Vital statistics of India. Vol. IV, Annual returns from 1871 to 1876. British Army of India, Native Army and jails of Bengal
Year: 1871
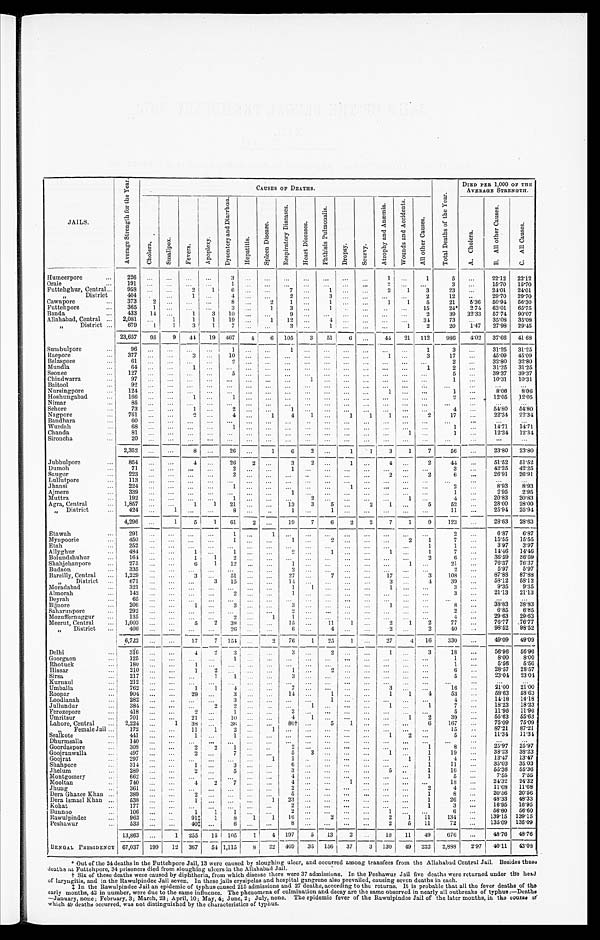
JAILS.
A v e r a g e S t r e n g t h
CAUSES OF DEATHS.
T o t a l D e a t h s o f t h e Y e a r .
DIED PER 1,000 OF THE
AVERAGE STRENGTH.
C h o l e r a .
S m a l l p o x .
F e v e r s .
A p o p l e x y .
D y s e n t e r y a n d D i a r r h œ a .
H e p a t i t i s .
S p l e e n D i s e a s e .
R e s p i r a t o r y D i s e a s e s .
H e a r t D i s e a s e s .
P h t h i s i s P u l m o n a l i s .
D r o p s y .
S c u r v y .
A t r o p h y a n d A n æ m i a .
W o u n d s a n d A c c i d e n t s .
A l l o t h e r C a u s e s .
A . C h o l e r a .
B . A l l o t h e r C a u s e s .
C . A l l C a u s e s .
Humeerpore . . .
226
. . .
. . .
. . .
. . .
3
. . .
. . . . . .
. . .
. . .
. . .
. . .1
. . .
1
5
. . .
22.12
22.12
Oraie . . .
191
. . .. . .
. . .
. . .
1
. . .
. . .
. . .
. . .
. . .
. . .
. . . 2
. . .
. . .
3
. . .
15.70
15.70
Futtehghur, Central . . .
958
. . .
. . .
2
1
6
. . .
. . .
7
. . .
1
. . .
. . .
2
1
3
23
. . .
24.01
24.01
" District
404
. . .
. . .
1
. . . 4
. . .
. . .2
. . . 3
. . .
. . . . . .
. . .
2
12
. . .
29.70
29.70
Cawnpore . . .
373
2
. . .
. . .
. . .
8
. . .
2
1
. . .
1
. . .
. . .
1
1
5
21
5.36
50.94
56.30
Futtehpore . . .
365
1 . . .
. . .
. . .
3
. . .
1 3
. . . 1
. . .
. . .
. . .
. . .
15
24*
2.74
63.01
65.75
Banda . . .
433
14
. . .
1
3
10
. . .
. . . 9
. . . . . .
. . .
. . . . . .
. . .
2
39
32.33
57.74
90.07
Allahabad, Central . . .
2,081
. . .
1
1
1
19
. . .
1
12
. . . 4
. . .
. . . . . .
. . .
34
73
. . .
35.08
35.08
" District . . .
679
1
1
3
1
7
. . .
. . .
3
. . . 1
. . .
. . . . . .
1
2
20
1.47
27.98
29.45
23,657
95
9
4 4
19
467
4
6
105
3 51
6
. . .
44
21
112 986
4.02
37.66
41.68
Sumbulpore . . .
9 6
. . .. . .
. . .
. . .
1
. . .
. . . 1 . . .
. . .
. . .
. . . . . .
. . .
1
3
31.25
31.25
Raepore . . .
3 7 7
. . .. . .
3
. . .
1 0
. . .
. . . . . . . . .
. . .
. . .
. . . . . .
. . .
3
17
. . .
45.09
45.09
Belaspore . . .
6 1
. . .. . .
. . .
. . .
2
. . .
. . .
. . .
. . .
. . .
. . .
. . .
. . .
. . .
. . .
2
. . .
32.80
32.80
Mundla . . .
6 4
. . .. . .
1
. . .
. . .
. . .
. . .
. . .
. . .
. . .
. . .
. . . . . .
. . .
1
2
. . .
31.25
31.25
Sconee . . .
1 2 7
. . .. . .
. . .
. . .
5
. . .
. . . . . .
. . .
. . .
. . .
. . . . . .
. . .
. . .
5
. . .
39.37
39.37
Chindwarra . . .
9 7
. . .. . .
. . .
. . .
. . .
. . .
. . . . . .
1
. . .
. . .
. . . . . .
. . .
. . .
1
. . .
10.31
10.31
Baitool . . .
92
. . .. . .
. . .
. . .
. . .
. . .
. . .
. . .
. . .
. . .
. . .
. . .
. . .
. . .
. . .
. . .
. . .
. . .
. . .
Nursingpore . . .
1 2 4
. . .. . .
. . .
. . .
. . .
. . .
. . .
. . .
. . .
. . .
. . .
. . .
1
. . .
. . .
1
. . .
8.06
8.06
Hoshungabad . . .
166
. . .
. . .
1
. . .
1
. . .
. . . . . .
. . . . . .
. . .
. . . . . .
. . .
. . .
2
. . .
12.05
12.05
Nimar . . .
8 5
. . . . . .
. . .
. . .
. . .
. . .
. . . . . .
. . . . . .
. . .
. . .
. . .
. . .
. . .
. . .
. . .
. . .
. . .
Sehore . . .
73
. . . . . .
1
. . .
2
. . .
. . .
1
. . . . . .
. . .
. . .
. . .
. . .
. . .
4
. . .
54.80
54.80
Nagpore . . .
761
. . .
. . .
2
. . .
4
. . .
1
4
1 . . .
1
1
1
. . .
2
1 7
. . .
22.34
22.34
Bandhara . . .
60
. . .. . .
. . .
. . .
. . .
. . .
. . .. . .
. . .
. . .
. . .
. . .
. . .
. . .
. . .
. . .
. . .
. . .
. . .
Wurdah . . .
68
. . .. . .
. . .
. . .
1
. . .
. . .. . .
. . .
. . .
. . .
. . . . . .
. . .
. . .
1
. . .
14.71
14.71
Chanda . . .
81
. . .. . .
. . .
. . .
. . .
. . .
. . .. . .
. . .
. . .
. . .
. . . . . .
1
. . .
1
. . .
12.34
12.34
Sironcha . . .
20
. . .. . .
. . .
. . .
. . .
. . .
. . .
. . .
. . .
. . .
. . .
. . .
. . .
. . .
. . .
. . .
. . .
. . .
. . .
2,352
. . .
. . .
8
. . .
26
. . .
1
6
2
. . .
1
1
3
1
7
56
. . .
23.80
23.80
Jubbulpore . . .
8 5 4
. . . . . .
4
. . .
26
2
. . .
3
2
. . .
1
. . . 4
. . .
2
44
. . .
51.52
51.52
Dumoh . . .
7 1
. . . . . .
. . .
. . .
2
. . .
. . .
1
. . . . . .
. . .
. . . . . .
. . .
. . .
3
. . .
42.25
42.25
Saugor . . .
2 2 3
. . . . . .
. . .
. . .
2
. . .
. . .
. . .
. . .
. . .
. . .
. . .
2
. . .
2
6
. . .
26.91
26.91
Lullutpore . . .
1 1 3
. . . . . .
. . .
. . .
. . . . . .
. . .
. . .
. . .
. . .
. . .
. . .
. . .
. . .
. . .
. . .
. . .
. . .
. . .
Jhansi . . .
2 2 4
. . . . . .
. . .
. . .
1
. . .
. . .
. . .
. . . . . .
1
. . .
. . .
. . .
. . .
2
. . .
8.93
8.93
Ajmere . . .
3 3 9
. . . . . .
. . .
. . .
. . .
. . .
. . .
1
. . . . . .
. . .
. . . . . .
. . .
. . .
1
. . .
2.95
2.95
Muttra . . .
1 9 2
. . . . . .
. . .
. . .
1
. . .
. . .
. . .
2
. . .
. . .
. . .
. . .
1
. . .
4
. . .
20.83
20.83
Agra, Central . . .
1,857
. . .
. . .
1
1
21
. . .
. . .
13
3
5
. . .
2
1
. . .
5
52
. . .
28.00
28.00
" D i s t r i c t . . .
424
. . . 1
. . .
. . .
8
. . .
. . .
1
. . .
1
. . .
. . .
. . .
. . .
. . .
11
. . .
25.94
25.9 4
4,296
. . .
1
5
1
6 1
2
. . .
19
7
6
2
2
7
1
9
123
. . .
28.63
28.63
Etawah . . .
2 9 1
. . .
. . .
. . .
. . .
1
. . .
1
. . .
. . .
. . .
. . .
. . .
. . .
. . .
. . .
2
. . .
6 . 8 7
6.87
Mynpoorie . . .
4 5 0
. . .
. . .
. . .
. . .
1
. . .
. . .
1
. . .
2
. . .
. . .. . .
2
1
7
. . .
15.55
15.55
Etah . . .
2 5 2
. . .
. . .
. . .
. . .
. . .
. . .
. . .
. . .
. . . . . .
. . .
. . .. . .
. . .
1
1
. . .
3.97
3.97
Allyghur . . .
484
. . .
. . .
1
. . .
1
. . .
. . .
2
. . .
1
. . .
. . .
1
. . .
1
7
. . .
14.46
14.46
Bolundshuhur . . .
164
. . .
. . .
1
1
2
. . .
. . .
. . .
. . .. . .
. . .
. . .. . .
. . .
2
6
. . .
36.59
36.59
Shahjehanpore . . .
275
. . .
. . .
6
1
1 2
. . .
. . .
1
. . .
. . .
. . .
. . .. . .
1
. . .
21
. . .
76.37
76.37
Budaon . . .
3 3 5
. . . . . .
. . .
. . .
. . .
. . .
. . .
2
. . .
. . .
. . .
. . .
. . .
. . .
. . .
2
. . .
5.97
5.97
Bareilly, Central . . .
1,229
. . .
. . .
3
. . .
5 1
. . .
. . .
27
. . .
7
. . .
. . .
17
. . .
3
108
. . .
87.88
87.88
" District . . .
6 7 1
. . . . . .
. . .
3
15
. . .
. . .
1 4
. . . . . .
. . .
. . . 3
. . .
4
39
. . .
58.12
58.12
Moradabad . . .
3 2 1
. . . . . .
. . .
. . .
. . .
. . .
. . .
1
1 . . . . . .
. . .
. . .
1
. . .
. . .
3
. . .
9.35
9.35
Almorah . . .
1 4 2
. . . . . .
. . .
. . .
2
. . .
. . .
1
. . . . . .
. . .
. . . . . .
. . .
. . .
3
. . .
21.13
21.13
Deyrah . . .
6 5
. . . . . .
. . .
. . .
. . .
. . .
. . .
. . .
. . .
. . .
. . .
. . .
. . .
. . .
. . .
. . .
. . .
. . .
. . .
Bijuore . . .
206
. . .
. . .
1
. . .
3
. . .
. . .
3
. . . . . .
. . .
. . . 1
. . .
. . .
8
. . .
38.83
38.83
Saharunpore . . .
2 9 2
. . . . . .
. . .
. . .
. . .
. . .
. . .
2
. . .
. . .
. . .
. . .
. . .
. . .
. . .
2
. . .
6.85
6.85
Mozuffernuggur . . .
135
. . . . . .
. . .
. . .
2
. . .
1
1
. . .
. . .
. . .
. . .
. . .
. . .
. . .
4
. . .
29.63
29.63
Meerut, Central . . .
1,003
. . .
. . .
5
2
3 8
. . .
. . .
1 5
. . .
11
1
. . .
2
1
2
77
. . .
76.77
76.77
" District . . .
406
. . .
. . .
. . .
. . .
26
. . .
. . .
. . . 6
. . . 4
. . .
. . . 2
. . .
2
40
. . .
98.52
98.52
6,722
. . .
. . .
-17
7
154
. . .
-2
76
1
25
1
. . .
27
4
16 330
. . .
49.09
49.09
Delhi . . .
316
. . .
. . .
4
2
3
. . .
. . .
3
. . . 2
. . . . . .
1
. . .
3
18
. . .
56.96
56.96
Goorgaon . . .
1 2 5
. . . . . .
. . .
. . .
1
. . .
. . .
. . .
. . . . . .
. . .
. . . . . .
. . .
. . .
1
. . .
8.00
8.00
Rhotuck . . .
1 8 0
. . . . . .
1
. . .
. . .
. . .
. . .
. . . . . .
. . .
. . .
. . . . . .
. . .
. . .
1
. . .
5 . 5 6
5.56
Hissar . . .
210
. . .
. . .
1
2
. . .
. . .
. . .
1 . . .
2
. . .
. . . . . .
. . .
. . .
6
. . .
28.57
28.57
Sirsa . . .
2 1 7
. . . . . .
. . .
1
. 1 . .
. . .
. . .
3 . . .
. . .
. . .
. . . . . .
. . .
. . .
5
. . .
23.04
23.04
Kurnaul . . .
2 1 2
. . . . . .
. . .
. . .
. . .
. . .
. . .
. . . . . .
. . .
. . .
. . . . . .
. . .
. . .
. . .
. . .
. . .
. . .
Umballa . . .
7 6 2
. . . . . .
1
1
4
. . .
. . .
7
. . .
. . .
. . .
. . . 3
. . .
. . .
16
. . .
21.00
21.00
Roopar . . .
9 0 4
. . . . . .
29
. . .
3
. . .
. . .
14
. . .
1
. . .
. . .
1
1
4
53
. . .
58.63
58.63
Loodianah . . .
282
. . . . . .
. . .
. . .
3
. . .
. . .
. . .
. . . 1
. . .
. . .
. . .
. . .
. . .
4
. . .
14.18
14.18
Jullundur . . .
384
. . .
. . .
. . .
2
2
. . .
. . .
. . .
1 . . .
. . .
. . .
1
. . .
1
7
. . .
18.23
18.23
Ferozepore
4 1 8
. . . . . .
2
. . .
1
. . .
. . .
2
. . . . . .
. . .
. . . . . .
. . .
. . .
5
. . .
11.96
11.96
Umritsur . . .
701
. . .
. . .
21
. . .
10
. . .
. . .
4
1 . . .
. . .
. . . . . .
1
2
39
. . .
55.63
55.63
Lahore, Central . . .
2,224
. . .
1
38
. . .
3 6
. . .
. . .
80†
. . .
5
1
. . .
. . .
. . .
6
167
. . .
75.09
75.09
" F e m a l e J a i l . . .
172
. . .
. . .
11
1
2
. . .
1
. . .
. . .. . .
. . .
. . .
. . .
. . .
. . .
15
. . .
87.21
87.21
Sealkote . . .
441
. . .
. . .
1
. . .
1
. . .
. . .
. . .
. . .. . .
. . .
. . .
1
2
. . .
5
. . .
11.34
11.34
Dhurmsalla . . .
140
. . .
. . .
. . .
. . .
. . .
. . .
. . .
. . .
. . .
. . .
. . .
. . .
. . .
. . .
. . .
. . .
. . .
. . .
. . .
Goordaspore . . .
308
. . .
. . .
2
2
1
. . .
. . .
2
. . .
. . .
. . .
. . .
. . .
. . .
1
8
. . .
25.97
25.97
Goojranwalla . . .
497
. . .
. . .
2
. . .
7
. . .
. . .
5
3 . . .
. . .
. . .
1
. . .
1
19
. . .
38.23
38.23
Goojrat . . .
2 9 7
. . . . . .
. . .
. . .
. . .
. . .
1
1
. . .
. . .
. . .
. . .
. . .
1
1
4
. . .
13.47
13.47
Shahpore . . .
314
. . .
. . .
1
. . .
3
. . .
. . .
6
. . .
. . .
. . .
. . . . . .
. . .
1
11
. . .
35.03
35.03
Jhelum . . .
2 8 9
. . . . . .
2
. . .
5
. . .
. . .
3
. . .
. . .
. . .
. . .
5
. . .
1
16
. . .
55.36
55.36
Montgomery . . .
6 6 2
. . . . . .
. . .
. . .
. . .
. . .
. . .
4
. . .
. . .
. . .
. . . . . .
. . .
1
5
. . .
7.55
7.55
Mooltan . . .
7 4 0
. . . . . .
4
2
7
. . .
. . .
4
. . .
. . .
1
. . .
. . .
. . .
. . .
18
. . .
24.32
24.32
Jhung . . .
3 6 1
. . . . . .
. . .
. . .
. . .
. . .
. . .
2
. . . . . .
. . .
. . . . . .
. . .
2
4
. . .
11.08
11.08
Dera Ghazee Khan . . .
389
. . .
. . .
2
. . .
. . .
. . .
. . .
5
. . . . . .
. . .
. . .
. . .
. . .
1
8
. . .
20.56
20.56
Dera Ismael Khan . . .
538
. . .
. . .
1
. . .
. . .
. . .
1
2 3
. . . . . .
1
. . . . . .
. . .
1
26
. . .
48.33
48.33
Kohat . . .
1 7 7
. . . . . .
. . .
. . .
. . .
. . .
. . .
2
. . .
. . .
. . .
. . .
. . .
. . .
1
3
. . .
16.95
16.95
Bunnoo . . .
106
. . .
. . .
1
1
1
. . .
. . .
2
. . .
. . .
. . .
. . .
. . .
1
. . .
6
. . .
56.60
56.60
Rawulpindee . . .
963
. . .
. . .
91‡
1
8
1
1
16
. . .
2
. . .
. . .
2
1
11
134
. . .
139.15
139.15
P e s h a w u r . . .
5 3 3
. . . . . .
40‡
. . .
6
. . .
. . .
8
. . .
. . .
. . .
. . .
2
5
11
72
. . .
135.09
135.09
13,863
. . .
1
255
15
105
1
4
197
5
13
2
. . .
18
11
49 676
. . .
48.76
48.76
BENGAL PRESIDENCY 67,037
199
12 367
5 4 1,115
8
22
469
35
156
37
3
130
49
232 2,888
2.97
40.11
43.08
* Out of the 24 deaths in the Futtehpore Jail, 13 were caused by sloughing ulcer, and occurred among transfers from the Allahabad Central Jail. Besides these
deaths at Futtehpore, 34 prisoners died from sloughing ulcers in the Allahabad Jail.
† Six of these deaths were caused by diphtheria, from which disease there were 37 admissions. In the Peshawur Jail five deaths were returned under the head
of laryngitis, and in the Rawulpindee Jail seven. In these jails erysipelas and hospital gangrene also prevailed, causing seven deaths in each.
‡ In the Rawulpindee Jail an epidemic of typhus caused 215 admissions and 27 deaths, according to the returns. It is probable that all the fever deaths of the
early months, 42 in number, were due to the same influence. The phenomena of culmination and decay are the same observed in nearly all outbreaks of typhus :—Death
s — J a n u a r y , n o n e ; F e b r u a r y , 3 ; M a r c h , 2 3 ; A p r i l , 1 0 ; M a y , 4 ; J u n e , 2 ; J u l y , n o n e . T h e e p i d e m i c f e v e r o f t h e R a w u l p i n d e e J a i l o f t h e l a t e r m o u t h s , i n t h e c o u r s e o f
which 49 deaths occurred, was not distinguished by the characteristics of typhus.